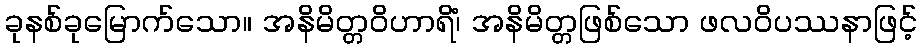
ခုနစ်ခုမြောက်သော။ အနိမိတ္တဝိဟာရိံ၊ အနိမိတ္တဖြစ်သော ဖလဝိပဿနာဖြင့်